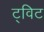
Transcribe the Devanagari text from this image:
ट्‌विट